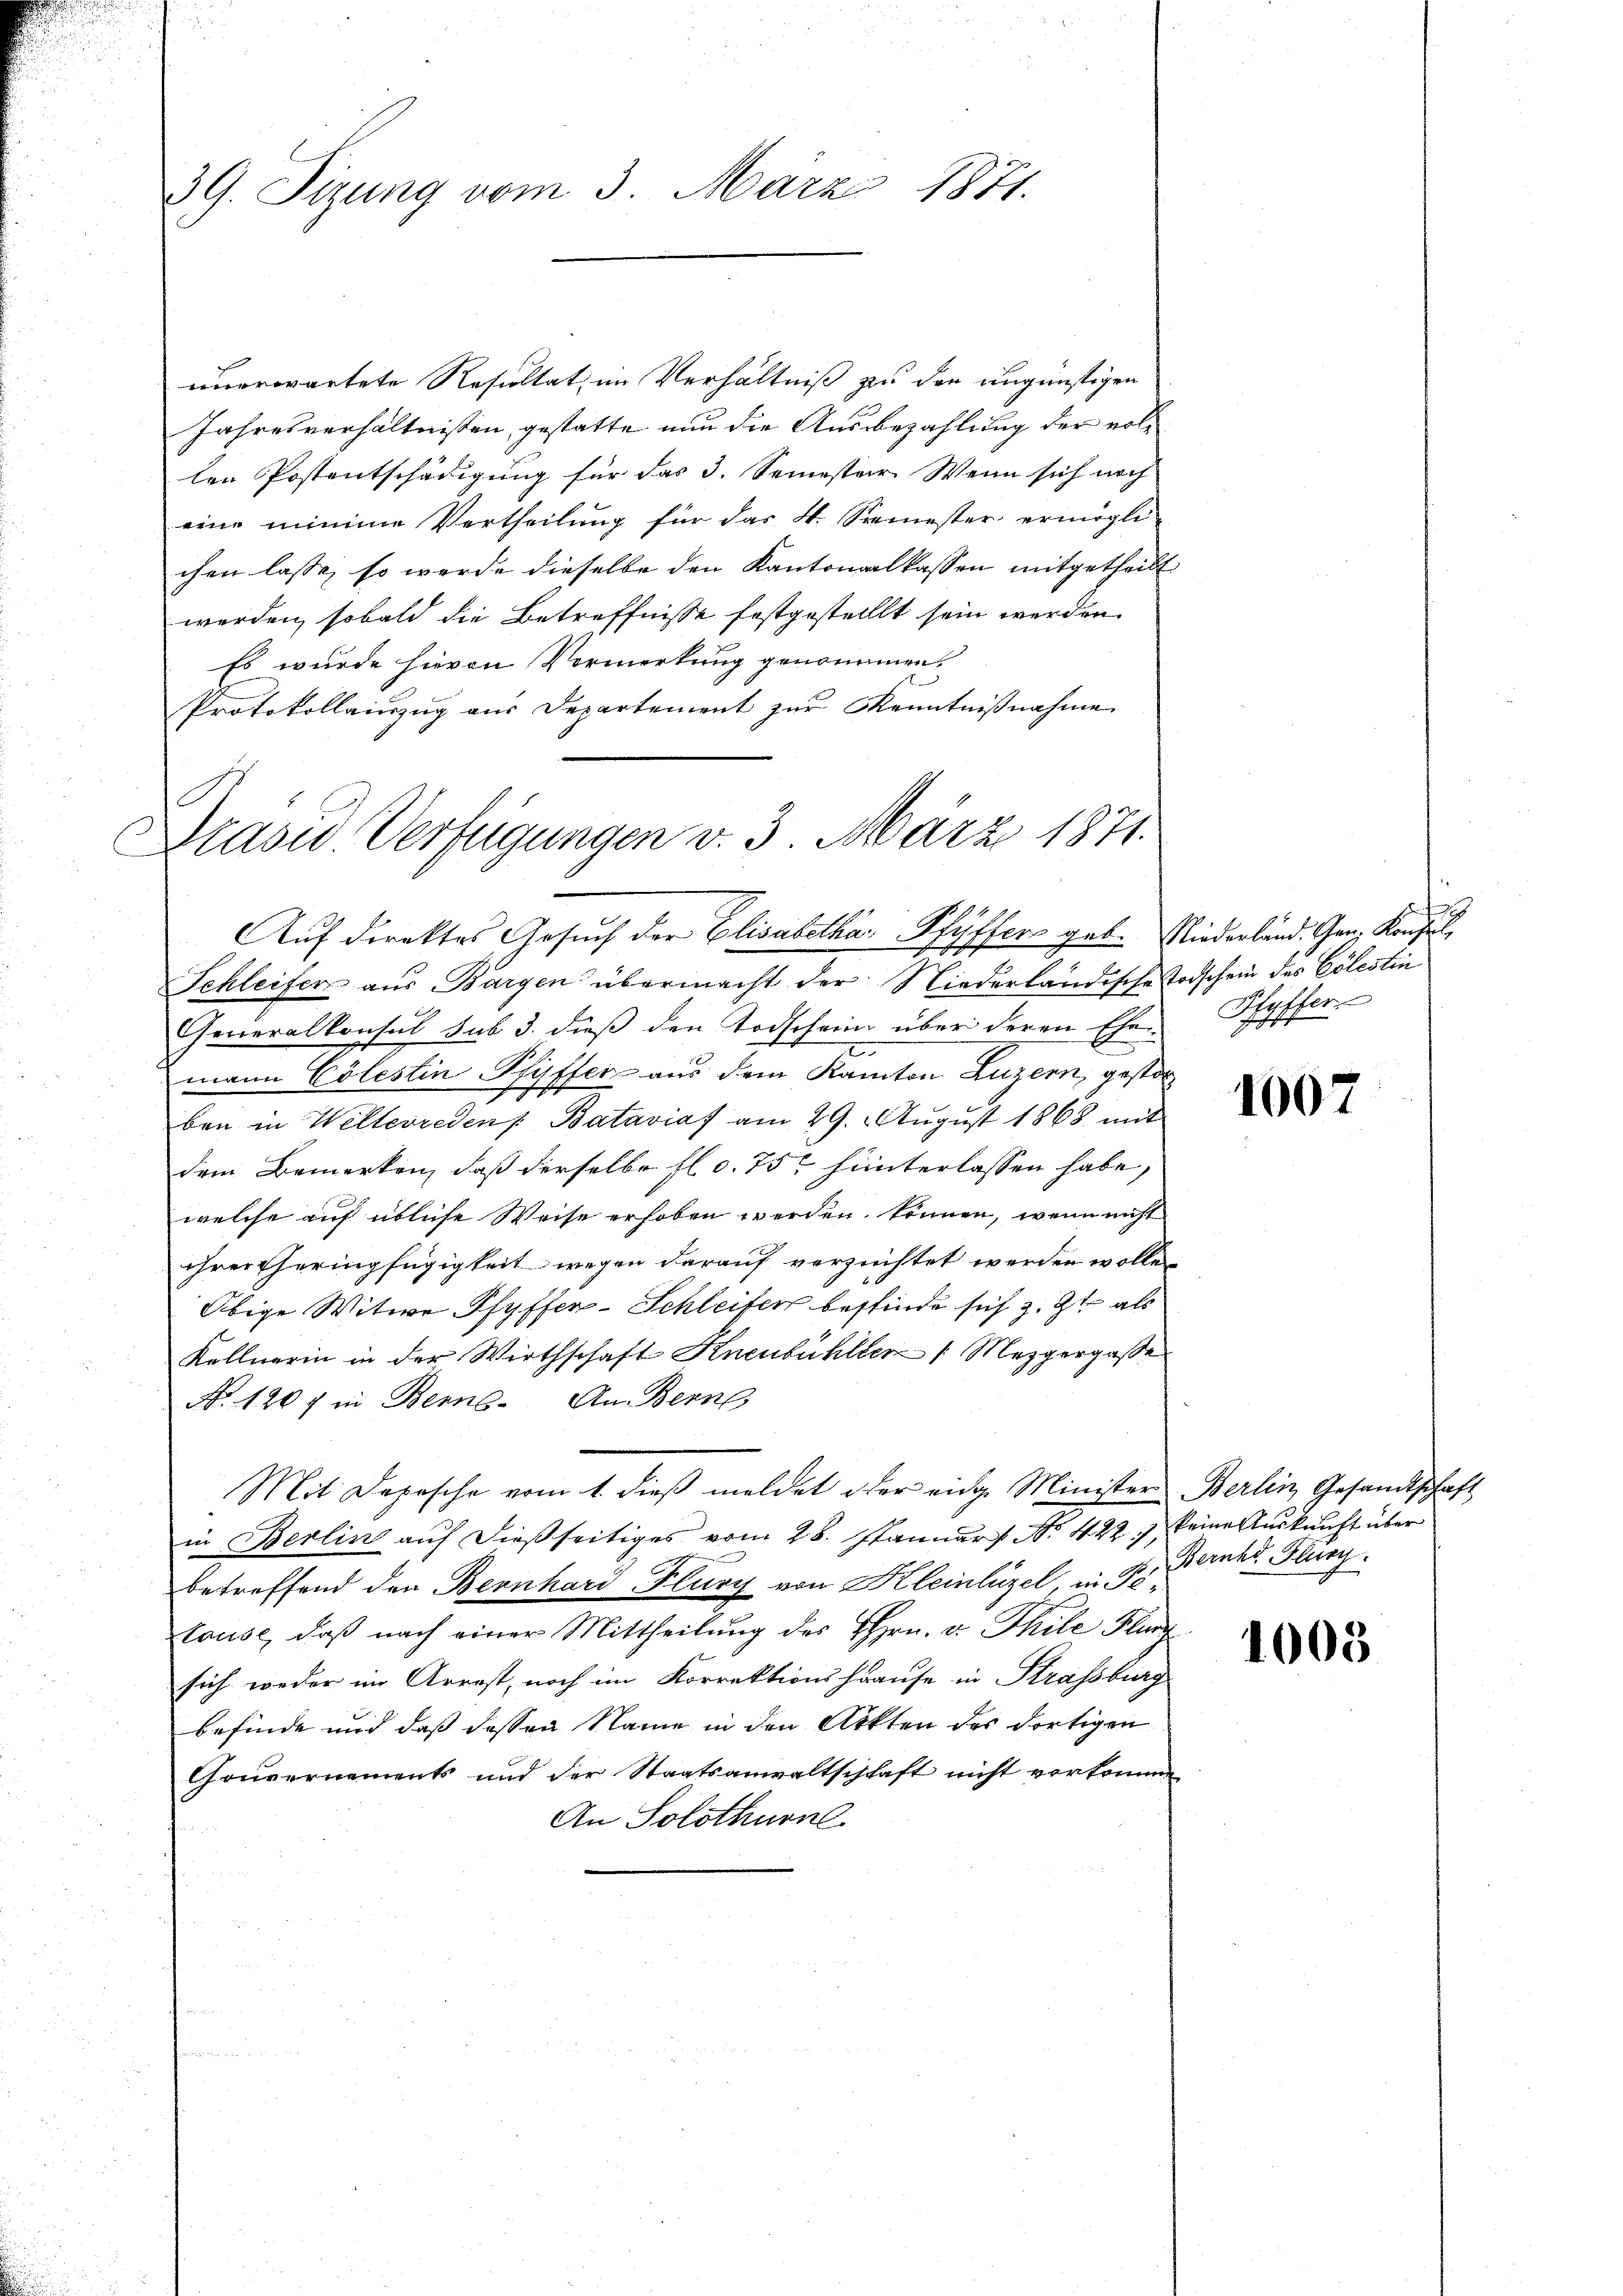
3G. Tizung vom 3. März 1871.

unerwartete Resultat im Verhältniß zu den ungünstigen
Jahresverhältnissen, gestatte nun die Ausbezahlung der vollen Postentschädigung für das 3. Semester Wenn sich noch
eine minie Vertheilung für das 4. Semester ermögli
chen lasse, so werde dieselbe den Kantonalkassen mitgetheilt
werden, sobald die Betreffnisse festgestelllt sein werden.
Es wurde hievon Vormerkung genommen.
Protokollinzug aus Departement zur Kenntnißnahme

Präsid Verfügungen v. 3. März 1871.
Auf direktes Gesuch der Elisabetha Phüffer geb. Niederländ. Ganz Konsul
.
Schleifer aus Bargen übermacht der Niederländische Todschein des Cölestin

Generalkonsul sub 3. dieß den Todschein über deren Ehen Pfyffer
mann Cölestin Pfyffer aus dem Kanton Luzern, gestor
ben in Welterreden Bataviaf am 29. August 1868 mit
dem Bemerken, daß derselbe fl. c. 75, hinterlassen habe,
welche auf übliche Weise erhoben werden können, wenn nicht
chreitheringfügigkeit wegen darauf verzeichtet werden wolle.
Obige Witwe Pfyffer-Schleifer bestinde sich z. Zt. als
Kellnerin in der Wirthschaft Knenbühlten 1 Mezgergasse
No. 1267 in Berns. An- Bern
Mit Depesche vom 1. dieß meldet der eidg. Minister
in Berlin aŭf dießseitiges vom 28. Januar No. 422.) keine Auskunft über
betreffend den Bernhard Flury von Kleinlügel, in Petause, daß nach einer Mittheilung des Hrn. v. Thile Flurg
sich weder im Arrest, noch im Korrektionshause in Strassburg
befinde und daß dessen Name in den Ackten des dortigen
Couvernements und der Staatsanwaltschlaft nicht vorkommen
An Solothurn

1007

Berlin Gesandtschaf
Bernhd Flurg

1005.

i

1